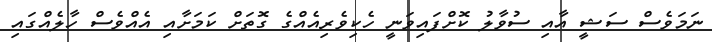
ނަމަވެސް ސަޝީ އާއި ސުވާލު ކޮށްފައިވަނީ ހެކިވެރިއެެއްގެ ގޮތަށް ކަމަށާއި އެއްވެސް ހާލެއްގައި